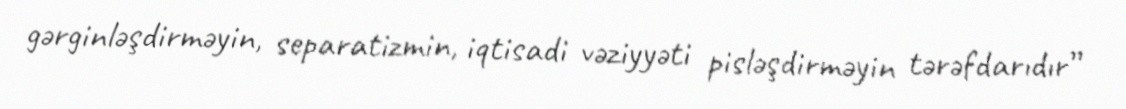
gərginləşdirməyin, separatizmin, iqtisadi vəziyyəti pisləşdirməyin tərəfdarıdır”